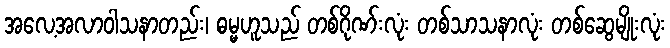
အလေ့အလာဝါသနာတည်း၊ ဓမ္မဟူသည် တစ်ဂိုဏ်းလုံး တစ်သာသနာလုံး တစ်ဆွေမျိုးလုံး